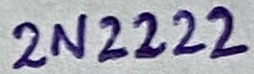
Text: 2N2222